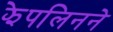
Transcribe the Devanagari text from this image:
झेपलिनने